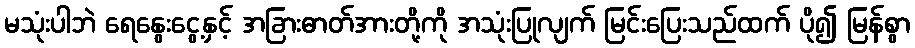
မသုံးပါဘဲ ရေနွေးငွေ့နှင့် အခြားဓာတ်အားတို့ကို အသုံးပြုလျက် မြင်းပြေးသည်ထက် ပို၍ မြန်စွာ